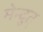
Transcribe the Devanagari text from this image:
मेन्दुत्